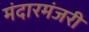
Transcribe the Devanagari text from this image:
मंदारमंजरी